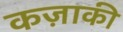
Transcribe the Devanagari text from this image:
कज़ाकी